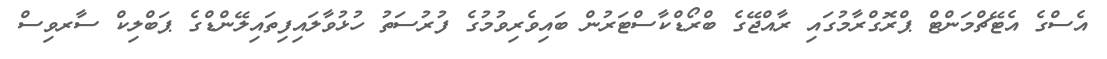
އެސްގެ އެޓޭޗްމަންޓް ޕްރޮގްރާމުގައި ރާއްޖޭގެ ބްރޯޑްކާސްޓަރުން ބައިވެރިވުމުގެ ފުރުސަތު ހުޅުވާލައިފިތައިލޭންޑްގެ ޕަބްލިކް ސާރވިސް